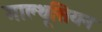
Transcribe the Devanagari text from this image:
माल्थूसियन